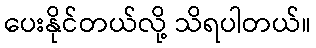
ပေးနိုင်တယ်လို့ သိရပါတယ်။